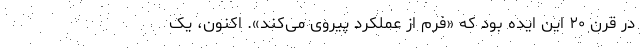
در قرن ۲۰ این ایده بود که «فرم از عملکرد پیروی می‌کند». اکنون، یک